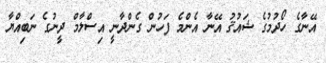
އޭނާގެ ހޯދުމުގެ ޝައުޤު އޭނާ އެންމެ ފަހުން ގެންދާނީ އިސްލާމް ދީނުގެ ނަބިއްޔާ